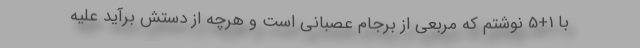
با 1+5 نوشتم که مربعی از برجام عصبانی است و هرچه از دستش برآید علیه